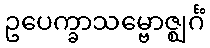
ဥပေက္ခာသမ္ဗောဇ္ဈင်္ဂံ